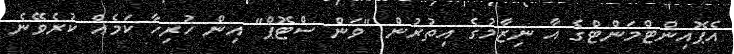
އެޕޮއިންޓްމަންޓްގެ އާ ނިޒާމުގެ އިތުރުން "ވަން ސްޓޮޕް" އިން ހުރިހާ ކަމެއް ކުރެވޭނެ